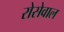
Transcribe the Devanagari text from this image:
रोसेवाल